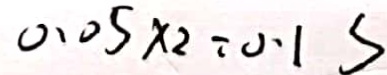
0 . 0 5 \times 2 = 0 . 1 S